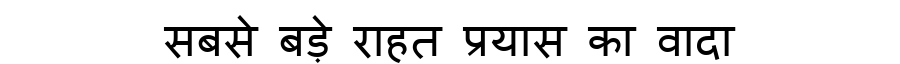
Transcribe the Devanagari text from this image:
सबसे बड़े राहत प्रयास का वादा